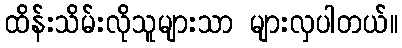
ထိန်းသိမ်းလိုသူများသာ များလှပါတယ်။